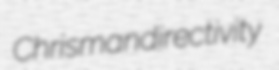
Chrisman directivity